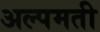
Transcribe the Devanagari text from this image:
अल्पमती